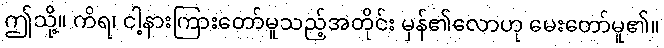
ဤသို့။ ကိရ၊ ငါ့နားကြားတော်မူသည့်အတိုင်း မှန်၏လောဟု မေးတော်မူ၏။